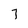
Character: 7